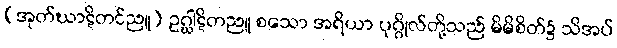
(အုတ်ဃာဋိတင်ညူ) ဥဂ္ဃါဋိတညူ စသော အရိယာ ပုဂ္ဂိုလ်တို့သည် မိမိစိတ်၌ သိအပ်